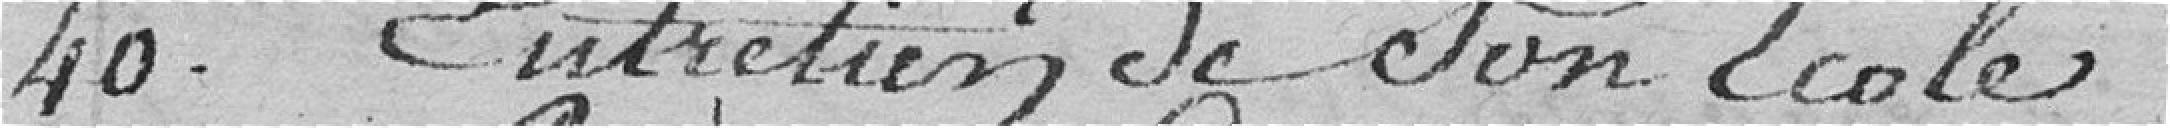
40. Entretien de son école